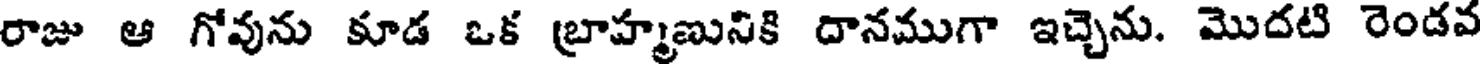
రాజు ఆ గోవును కూడ ఒక బ్రాహ్మణునికి దానముగా ఇచ్చెను. మొదటి రెండవ